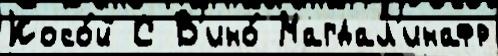
Косо́й С В'ино́ Магдал'инафр